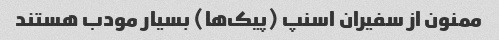
ممنون از سفیران اسنپ (پیک‌ها) بسیار مودب هستند